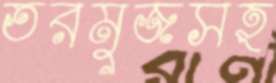
তরমুজসহ